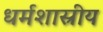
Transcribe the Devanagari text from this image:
धर्मशास्रीय